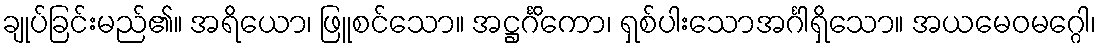
ချုပ်ခြင်းမည်၏။ အရိယော၊ ဖြူစင်သော။ အဋ္ဌင်္ဂိကော၊ ရှစ်ပါးသောအင်္ဂါရှိသော။ အယမေဝမဂ္ဂေါ၊